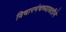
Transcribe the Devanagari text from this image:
विचारमंचच्यावतीने